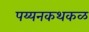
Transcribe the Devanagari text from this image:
पय्यनकथकळ